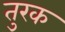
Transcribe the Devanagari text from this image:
तुरक